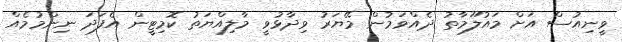
ވީނިއުސް އަށް މައުލޫމާތު ދެއްވަމުން މޭޔަރު ވިދާޅުވީ މާލިއްޔަތު ކޮމިޓީން އެފަދަ ނިންމުމެއް